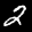
Label: 2